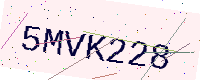
Text: 5MVK228